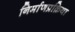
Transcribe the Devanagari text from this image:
निर्माणप्रक्रिया